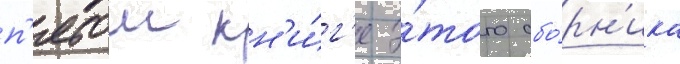
п'ятои кн'и́г'е э́того сбо́рн'ика